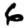
Digit: 6